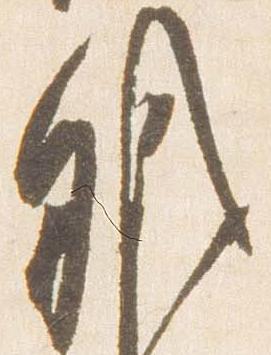
職